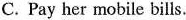
C. Pay her mobile bills.